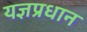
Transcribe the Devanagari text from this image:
यज्ञप्रधान